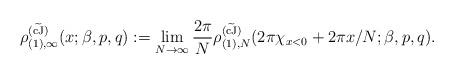
LaTeX: \begin{align*} \rho_{(1),\infty}^{(\widetilde{\rm cJ})}( x ;\beta,p,q) := \lim_{N \to \infty} {2 \pi \over N} \rho_{(1),N}^{(\widetilde{\rm cJ})}( 2\pi \chi_{x < 0} + 2 \pi x/ N ;\beta,p,q). \end{align*}